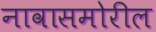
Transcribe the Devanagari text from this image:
नावासमोरील